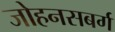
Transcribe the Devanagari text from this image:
जोहनसबर्ग